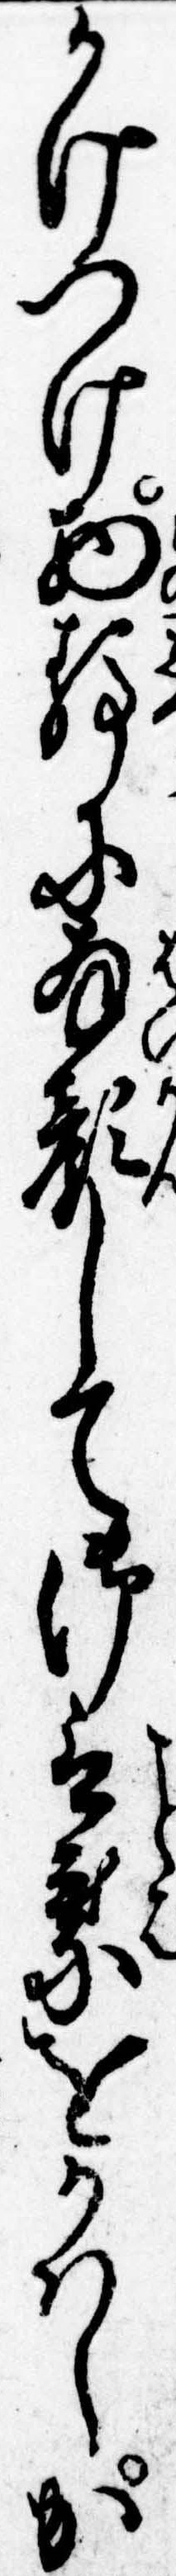
かけつけ物静に拝顔して御言葉をかはしか